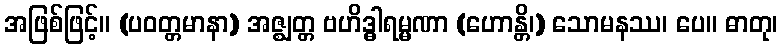
အဖြစ်ဖြင့်။ (ပဝတ္တမာနာ) အဇ္ဈတ္တ ဗဟိဒ္ဓါရမ္မဏာ (ဟောန္တိ၊) သောမနဿ၊ ပေ။ ဓာတု၊